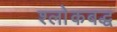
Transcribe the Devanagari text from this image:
श्लाेकबद्ध